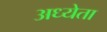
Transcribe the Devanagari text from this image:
अध्‍येता